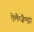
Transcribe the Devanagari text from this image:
ऐलैग्ज़ैण्ड्रा